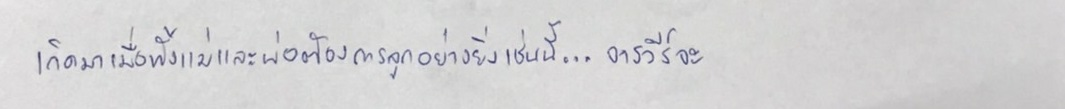
เกิดมาเมื่อทั้งแม่และพ่อต้องการลูกอย่างยิ่งเช่นนี้...จารวีร์จะ